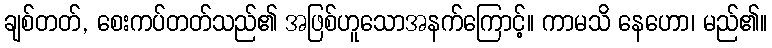
ချစ်တတ်, စေးကပ်တတ်သည်၏ အဖြစ်ဟူသောအနက်ကြောင့်။ ကာမသိ နေဟော၊ မည်၏။